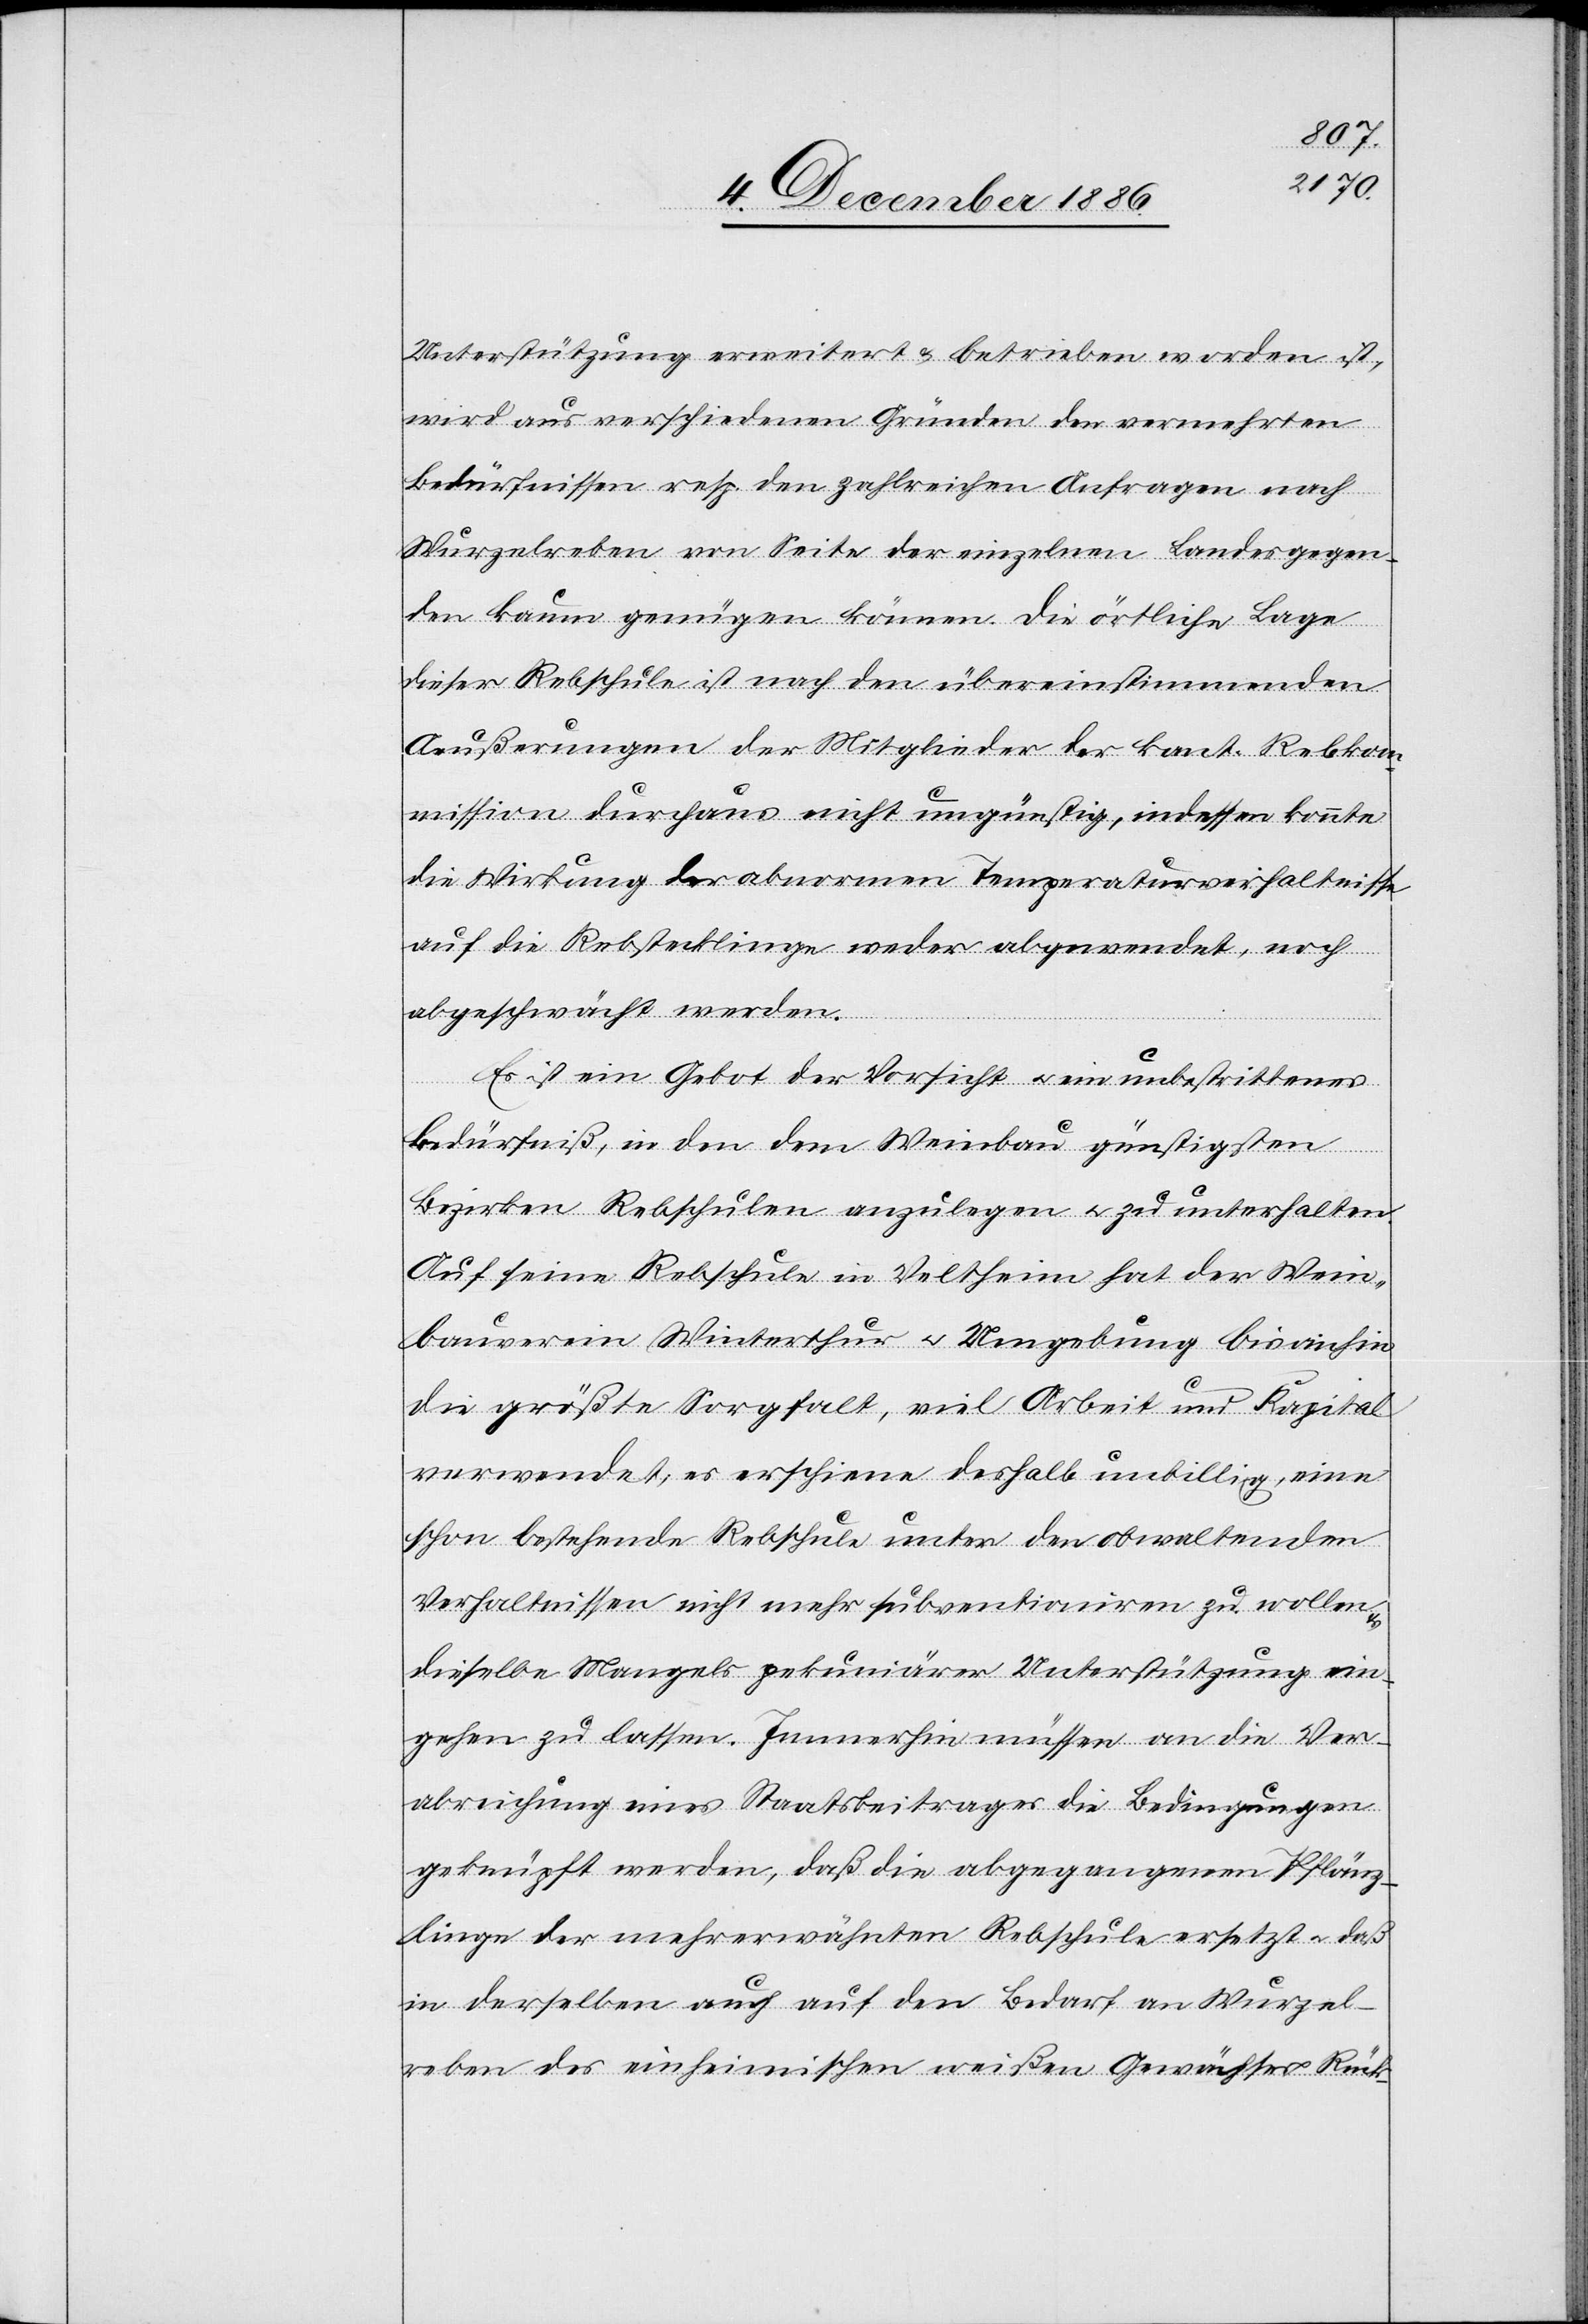
Unterstützung erweitert & betrieben worden ist,
wird aus verschiedenen Gründen den vermehrten
Bedürfnissen resp. den zahlreichen Anfragen nach
Wurzelreben von Seite der einzelnen Landesgegen¬
den kaum genügen können. Die örtliche Lage
dieser Rebschule ist nach den übereinstimmenden
Aeußerungen der Mitglieder der kant. Rebkom¬
mission durchaus nicht ungünstig, indessen konnte
die Wirkung der abnormen Temperaturverhaltnisse
auf die Rebstecklinge weder abgewendet, noch
abgeschwächt werden.
Es ist ein Gebot der Vorsicht & ein unbestrittenes
Bedürfniß, in den dem Weinbau günstigsten
Bezirken Rebschulen anzulegen & zu unterhalten.
Auf seine Rebschule in Veltheim hat der Wein¬
bauverein Winterthur & Umgebung bis anhin
die größte Sorgfalt, viel Arbeit und Kapital
verwendet, es erschiene deshalb unbillig, eine
schon bestehende Rebschule unter den obwaltenden
Verhaltnissen [sic!] nicht mehr subventioniren zu wollen
dieselbe Mangels prekuniärer Unterstützung ein¬
gehen zu lassen. Immerhin müssen an die Ver¬
abreichung eines Staatsbeitrages die Bedingungen
geknüpft werden, daß die abgegangenen Pflänz¬
linge der mehrerwähnten Rebschule ersetzt & daß
in derselben auch auf den Bedarf an Wurzel¬
reben des einheimischen weißen Gewächses Rück-